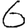
Digit: 6